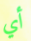
أي